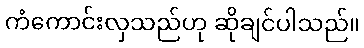
ကံကောင်းလှသည်ဟု ဆိုချင်ပါသည်။